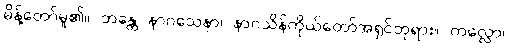
မိန့်တော်မူ၏။ ဘန္တေ နာဂသေနာ၊ နာဂသိန်ကိုယ်တော်အရှင်ဘုရား။ ကလ္လော၊